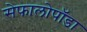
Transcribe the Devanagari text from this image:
सेफालोपॉडा